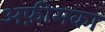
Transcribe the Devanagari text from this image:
अफ़ीमका